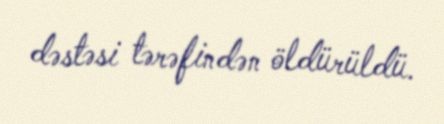
dəstəsi tərəfindən öldürüldü.